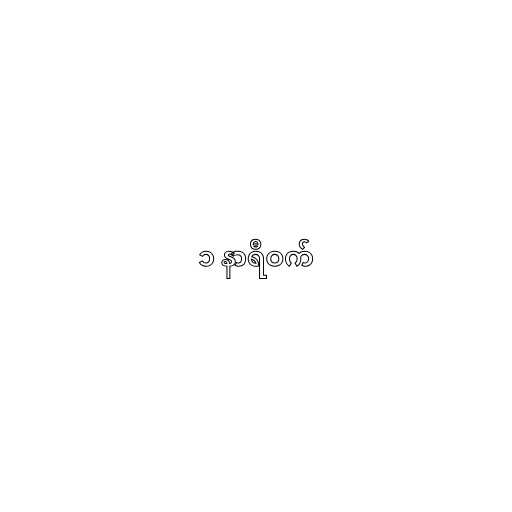
၁ နာရီဝက်